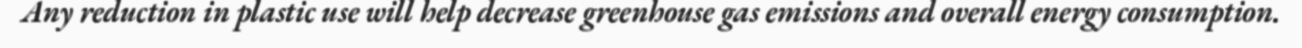
Any reduction in plastic use will help decrease greenhouse gas emissions and overall energy consumption.